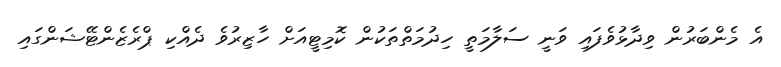
އެ މެންބަރުން ވިދާޅުވެފައި ވަނީ ސަލާމަތީ ހިދުމަތްތަކުން ކޮމިޓީއަށް ހާޒިރުވެ ދެއްކި ޕްރެޒެންޓޭޝަންގައި